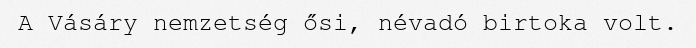
A Vásáry nemzetség ősi, névadó birtoka volt.